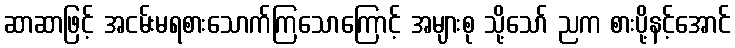
ဆာဆာဖြင့် အငမ်းမရစားသောက်ကြသောကြောင့် အများစု သို့သော် ညက စားပို့နင့်အောင်